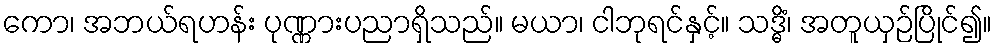
ကော၊ အဘယ်ရဟန်း ပုဏ္ဏားပညာရှိသည်။ မယာ၊ ငါဘုရင်နှင့်။ သဒ္ဓိံ၊ အတူယှဉ်ပြိုင်၍။